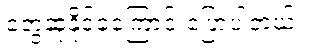
တွေ့ဆုံနိုင်ခဲ့ကြောင်းပြောပါတယ်။